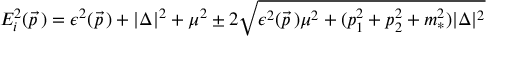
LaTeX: E _ { i } ^ { 2 } ( \vec { p \, } ) = \epsilon ^ { 2 } ( \vec { p \, } ) + | \Delta | ^ { 2 } + \mu ^ { 2 } \pm 2 \sqrt { \epsilon ^ { 2 } ( \vec { p \, } ) \mu ^ { 2 } + ( p _ { 1 } ^ { 2 } + p _ { 2 } ^ { 2 } + m _ { * } ^ { 2 } ) | \Delta | ^ { 2 } }